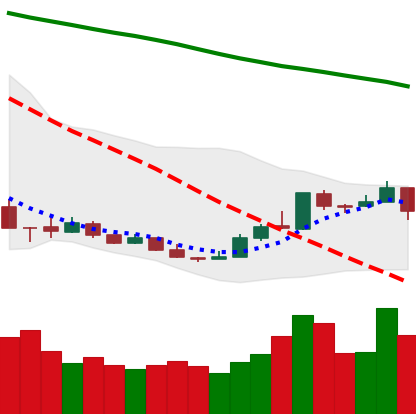
Ticker: XMR-USD
Chart end date: 2018-12-25
Forward return: -4.405%
Label: down_3_5